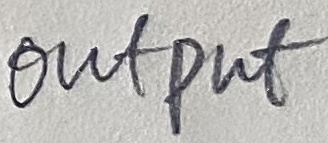
Text: OUTPUT